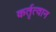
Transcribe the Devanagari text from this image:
कर्तृत्वान